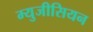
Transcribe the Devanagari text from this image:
म्युजीसियन